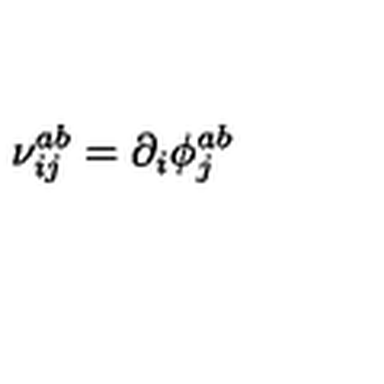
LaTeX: \nu _ { i j } ^ { a b } = \partial _ { i } \phi _ { j } ^ { a b }